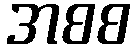
အစစ